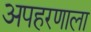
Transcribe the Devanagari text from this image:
अपहरणाला